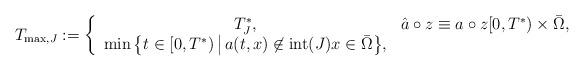
LaTeX: \begin{align*}T_{\mathrm{max}, J} :=\left\{\begin{array}{cl}T^{\ast}_{J}, & \hat{a} \circ z \equiv a \circ z [0, T^{\ast}) \times \bar{\Omega}, \\\min\big\{t \in [0, T^{\ast}) \,\big|\,a(t, x) \not \in \operatorname{int}(J) x \in \bar{\Omega}\big\}, & \end{array}\right.\end{align*}